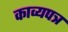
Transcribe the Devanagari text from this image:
काव्यपत्र